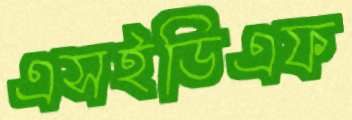
এসইডিএফ